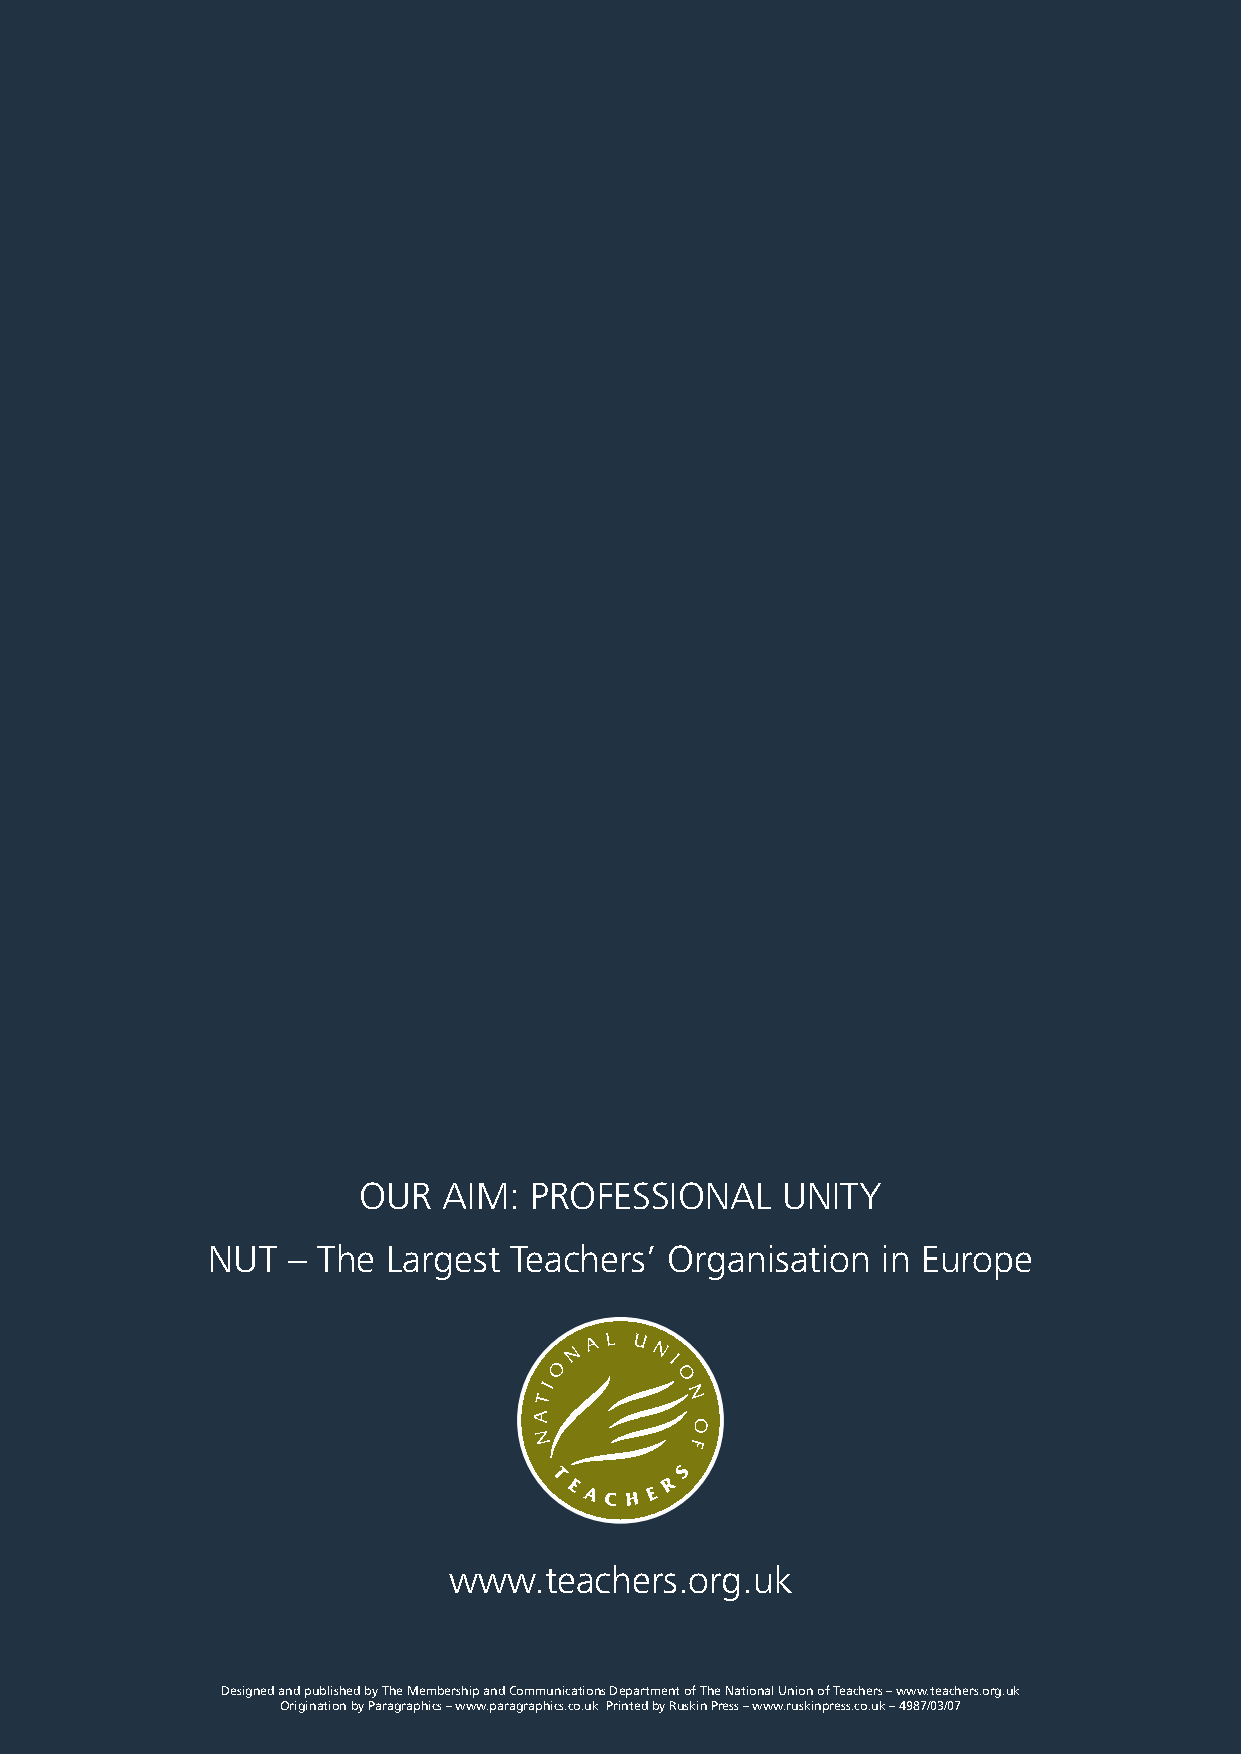
OUR  AIM:  PROFESSIONAL     UNITY
 NUT  – The  Largest Teachers’ Organisation  in Europe
 www.teachers.org.uk
 20
 DesignedandpublishedbyTheMembershipandCommunicationsDepartmentofTheNationalUnionofTeachers–www.teachers.org.uk
 OriginationbyParagraphics–www.paragraphics.co.uk PrintedbyRuskinPress–www.ruskinpress.co.uk–4987/03/07